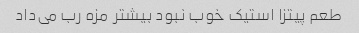
طعم پیتزا استیک خوب نبود بیشتر مزه رب می‌داد